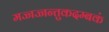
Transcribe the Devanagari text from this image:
मज्जज्जन्तुकदम्बकं